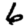
Digit: 6